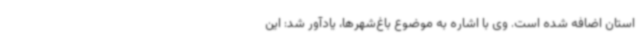
استان اضافه شده است. وی با اشاره به موضوع باغ‌شهرها، یادآور شد: این